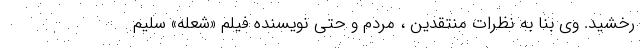
رخشید. وی بنا به نظرات منتقدین ، مردم و حتی نویسنده فیلم «شعله» سلیم